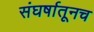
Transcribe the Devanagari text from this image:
संघर्षातूनच